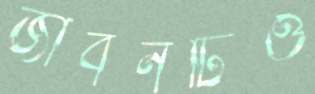
জীবনটিও